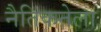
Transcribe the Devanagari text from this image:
नैतिकतेला